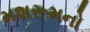
મશરૂમનો